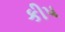
કીપ